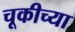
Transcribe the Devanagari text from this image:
चूकीच्या